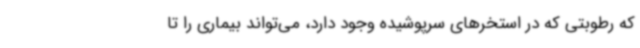
که رطوبتی که در استخرهای سرپوشیده وجود دارد، می‌تواند بیماری را تا